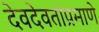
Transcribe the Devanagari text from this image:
देवदेवतांप्रमाणे